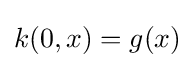
{k(0,x)}={g(x)}